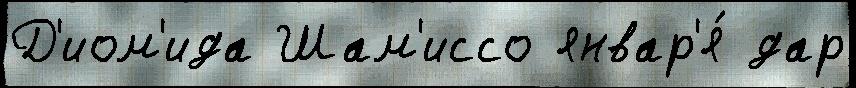
Д'иом'ида Шам'иссо январ'я́ дар